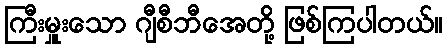
ကြီးမှူးသော ဂျီစီဘီအေတို့ ဖြစ်ကြပါတယ်။